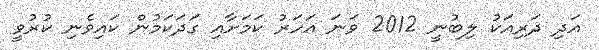
އަދި ދަރިއަކު ލިބުނީ 2012 ވަނަ އަހަރު ކަމަށާއި ގަދަކަމުން ކައިވެނި ކުރުވީ